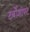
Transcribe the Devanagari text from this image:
टर्बोशाफ्ट